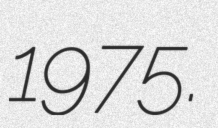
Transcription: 1975.